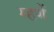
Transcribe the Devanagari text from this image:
म्हणें